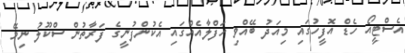
އެސްޓީއޯ ހެޑް އޮފީހުގައި މިއަދު ބޭއްވި ހަފްލާއެއްގައި އެކުންފުނީގެ ފަރާތުން ސްކޫލު ނިމޭ